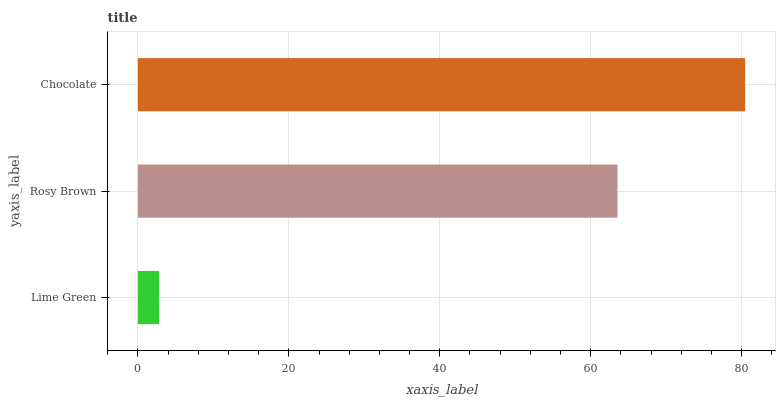
| yaxis_label | bars |
 | --- | --- |
 | Lime Green | 2.81 |
 | Rosy Brown | 63.6 |
 | Chocolate | 80.5 |